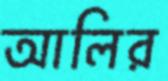
আলির